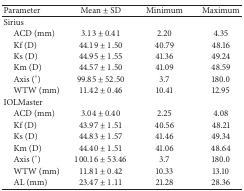
<table><thead><tr><td><b>Parameter</b></td><td><b>Mean ± SD</b></td><td><b>Minimum</b></td><td><b>Maximum</b></td></tr></thead><tbody><tr><td>Sirius</td><td> </td><td> </td><td> </td></tr><tr><td> ACD (mm)</td><td>3.13 ± 0.41</td><td>2.20</td><td>4.35</td></tr><tr><td> Kf (D)</td><td>44.19 ± 1.50</td><td>40.79</td><td>48.16</td></tr><tr><td> Ks (D)</td><td>44.95 ± 1.55</td><td>41.36</td><td>49.24</td></tr><tr><td> Km (D)</td><td>44.57 ± 1.50</td><td>41.09</td><td>48.59</td></tr><tr><td> Axis (°)</td><td>99.85 ± 52.50</td><td>3.7</td><td>180.0</td></tr><tr><td> WTW (mm)</td><td>11.42 ± 0.46</td><td>10.41</td><td>12.95</td></tr><tr><td>IOLMaster</td><td> </td><td> </td><td> </td></tr><tr><td> ACD (mm)</td><td>3.04 ± 0.40</td><td>2.25</td><td>4.08</td></tr><tr><td> Kf (D)</td><td>43.97 ± 1.51</td><td>40.56</td><td>48.21</td></tr><tr><td> Ks (D)</td><td>44.83 ± 1.57</td><td>41.46</td><td>49.34</td></tr><tr><td> Km (D)</td><td>44.40 ± 1.51</td><td>41.06</td><td>48.64</td></tr><tr><td> Axis (°)</td><td>100.16 ± 53.46</td><td>3.7</td><td>180.0</td></tr><tr><td> WTW (mm)</td><td>11.81 ± 0.42</td><td>10.33</td><td>13.10</td></tr><tr><td> AL (mm)</td><td>23.47 ± 1.11</td><td>21.28</td><td>28.36</td></tr></tbody></table>